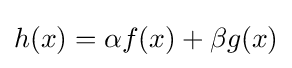
h(x)=\alpha f(x)+\beta g(x)